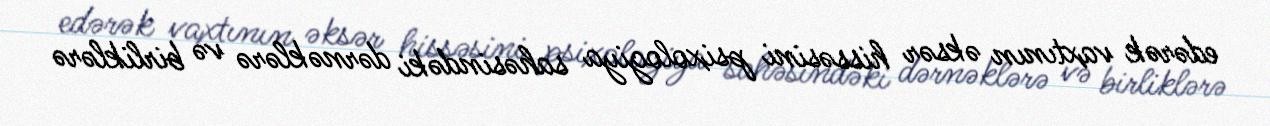
edərək vaxtının əksər hissəsini psixologiya sahəsindəki dərnəklərə və birliklərə